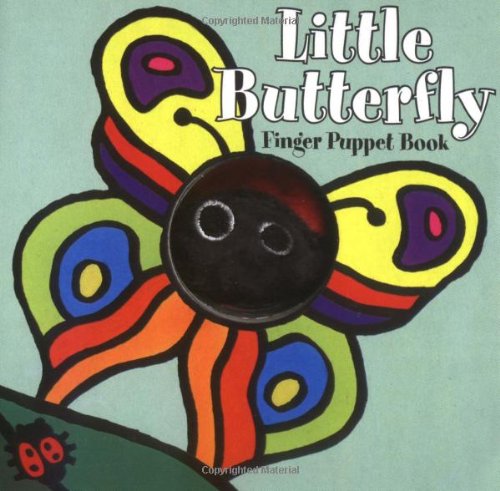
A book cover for Little Butterfly: Finger Puppet Book (Little Finger Puppet Board Books); Chronicle Books; Children's Books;